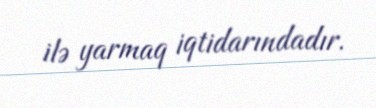
ilə yarmaq iqtidarındadır.